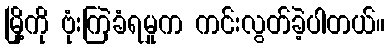
မြို့ကို ဗုံးကြဲခံရမှုက ကင်းလွတ်ခဲ့ပါတယ်။